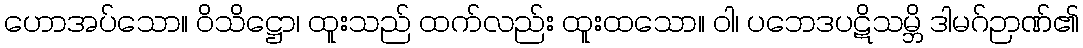
ဟောအပ်သော။ ဝိသိဋ္ဌော၊ ထူးသည် ထက်လည်း ထူးထသော။ ဝါ၊ ပဘေဒပဋိသမ္ဘိ ဒါမဂ်ဉာဏ်၏